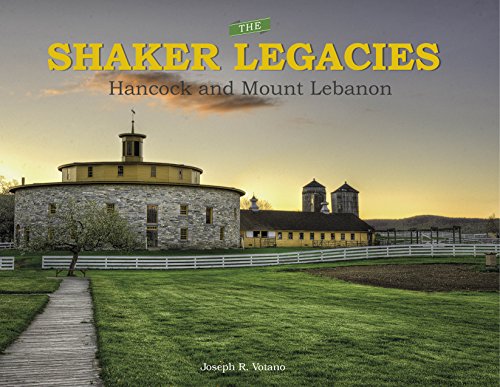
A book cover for The Shaker Legacies: Hancock and Mount Lebanon; Joseph R. Votano; Christian Books & Bibles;